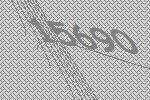
15690